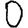
Digit: 0